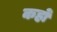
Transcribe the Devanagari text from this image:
कहोँ